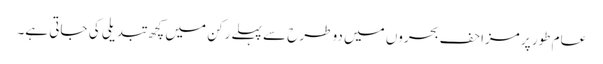
عام طور پر مزاحف بحروں میں دو طرح سے پہلے رکن میں کچھ تبدیلی کی جاتی ہے۔